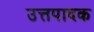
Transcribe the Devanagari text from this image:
उत्तपादक